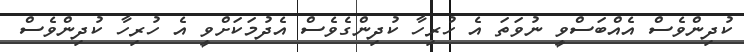
ކުދިންވެސް އެއްބަސްވީ ނުވަތަ އެ ހުރިހާ ކުދިންގެވެސް އެދުމަކަށްވީ އެ ހުރިހާ ކުދިންވެސް